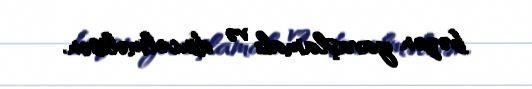
bəzən yavaşlamalı və dincəlməlisən.